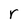
Character: r